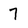
Character: 7